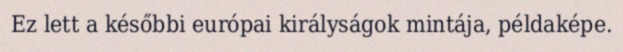
Ez lett a későbbi európai királyságok mintája, példaképe.